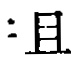
\(=\mathbb{H}\)